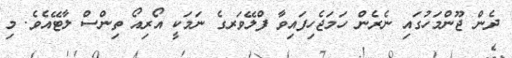
ދެން ޖޫންމަހުގައި ނެރެން ހަމަޖެހިފައިވާ ފްލޭވަރގެ ނަމަކީ އޯރިއޯ ތިންސް ލާޓޭއެވެ. މި